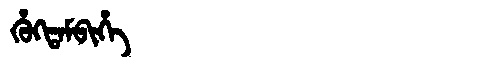
Manchu: ᡥᡠᡴᡨᠠᠮᠪᡳᡥᡝ
Romanization: HUKTAMBIHE